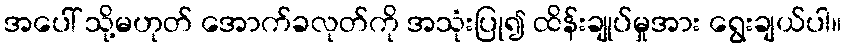
အပေါ် သို့မဟုတ် အောက်ခလုတ်ကို အသုံးပြု၍ ထိန်းချုပ်မှုအား ရွေးချယ်ပါ။